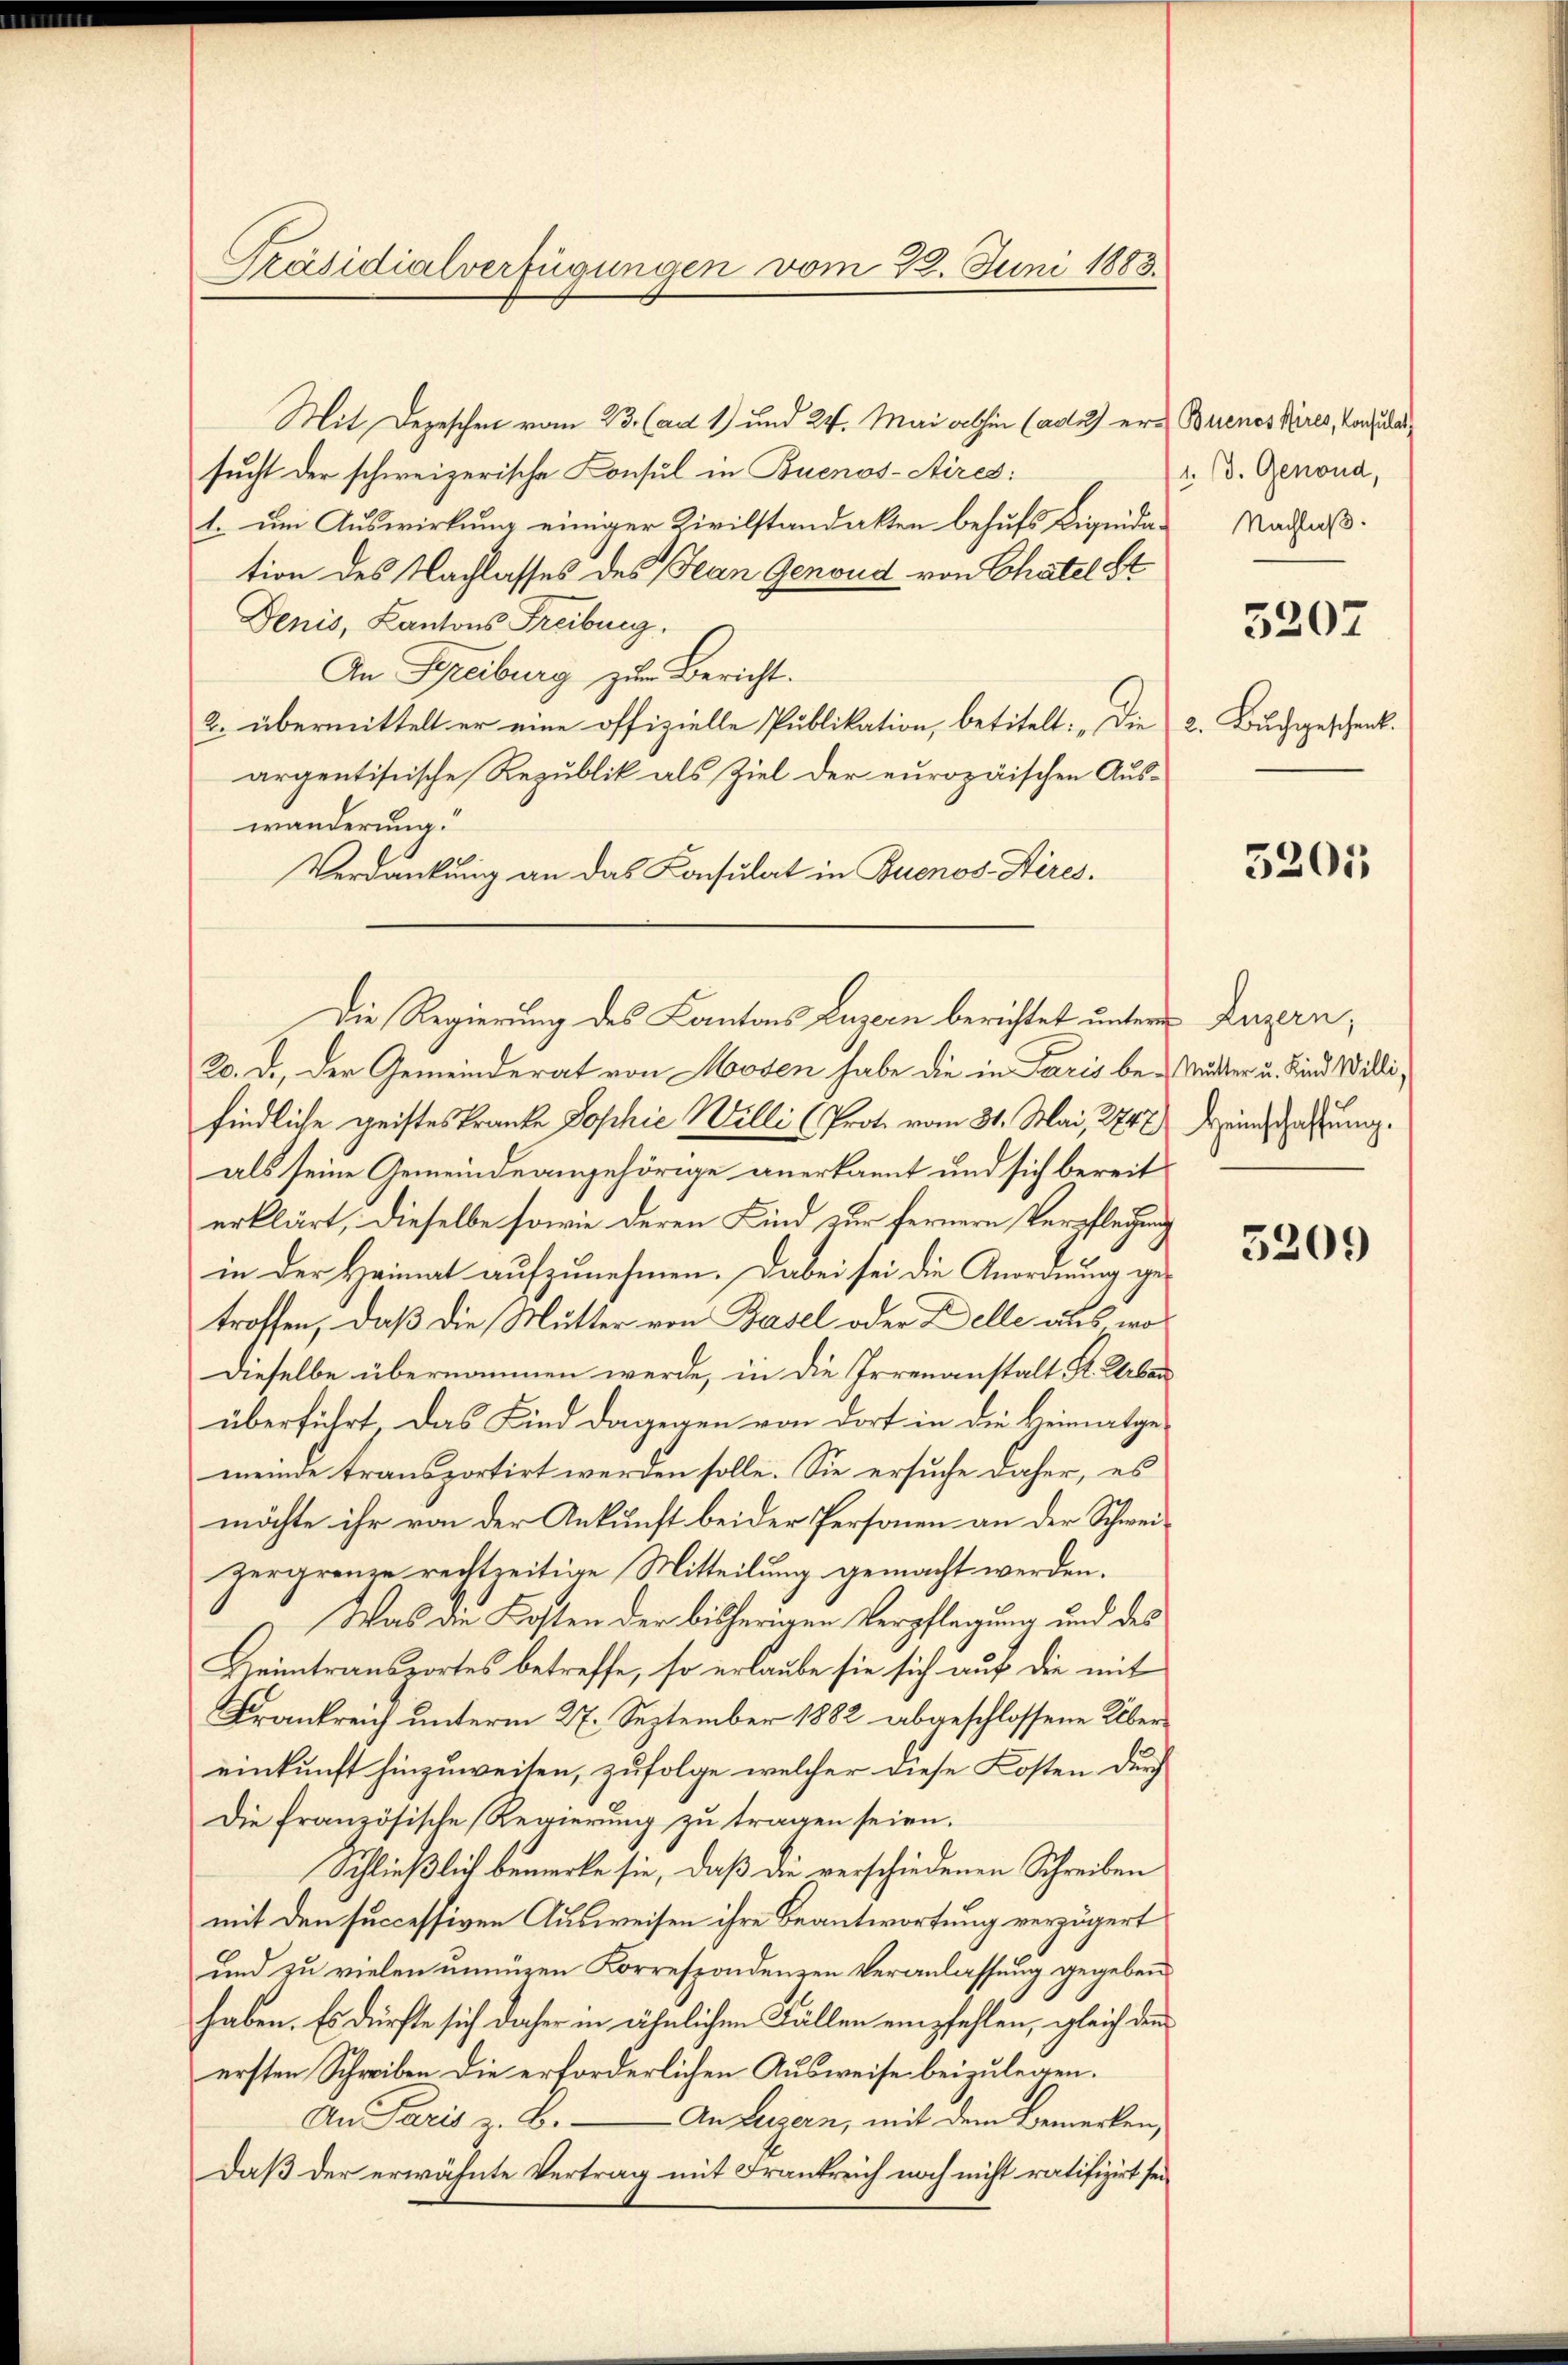
Präsidialverfügungen vom 22. Juni 1883.

Mit Depeschen vom 23. (ad 1) und 24. Mai abhin (ad 2) ersucht der schweizerische Consul in Buenos-Aires:
1. um Auswirkung einiger Zivilstandakten behufs Liquidation des Nachlasses des Jean Genoud von Chatel St
Denis, Cantons Freiburg.
An Freiburg zur Bericht.
2. übermittelt er eine offizielle Publikation, betitelt: „Die
argentistische Republik als Ziel der europäischen Auswänderung.
Verdankung an das Konsulat in Buenos-Aires.
20. D., der Gemeinderat von Hosen habe die in Paris be- Mutter u. Kind Willifindliche Geisteskranke Sophie Willi (Prot. vom 31. Mai, 2717) Weinsatzung.
als seine Gemeindeangehörige anerkannt und sich bereit
erklärt, dieselbe sowie deren Kind zur fernern Verpflegung
in der Heimat aufzunehmen. Dabei sei die Anordnung getroffen, daß die Mutter von Basel oder Delle aus was
Dieselbe übernommen werde, in die Irrenanstalt St. Uber
überführt das Kind dagegen von dort in die Heimatge-
meinde transportirt werden solle. Sie ersuche daher, es
möchte ihr von der Ankunft beider Personen an der Schweizergrenze rechtzeitige Mitteilung gemacht werden.
Was die Kosten der bisherigen Verpflegung und des
Heimtransportes betreffe, so erlaube sie sich auf die mit
Frankreich unterm 27. September 1882 abgeschlossene Übereinkunft hinzuweiten, zufolge welcher diese Kosten durch
Die französische Regierung zu tragen seien.
Schließlich bemerke sie, daß die verschiedenen Schreiben
mit den successiven Ausweisen ihre Beantwortung verzögert
und zu vielen unnüzen Korrespondenzen Veranlassung gegeben.
haben. Es dürfte sich daher in ähnlichen Fällen empfehlen, gleich den
ersten Schreiben die erforderlichen Ausweise beizulegen.
An Paris z. B. — An Luzern, mit dem Bemerken,
Daß der erwähnte Vertrag mit Frankreich noch nicht ratifizirt sei¬

Die Regierung des Kantons Luzern berichtet unterem Luzern,

Buenos Aires, Konsulat
1. d. Genond,
Nachlaß.
5207
2. Buchgeschenk.

5205

5209